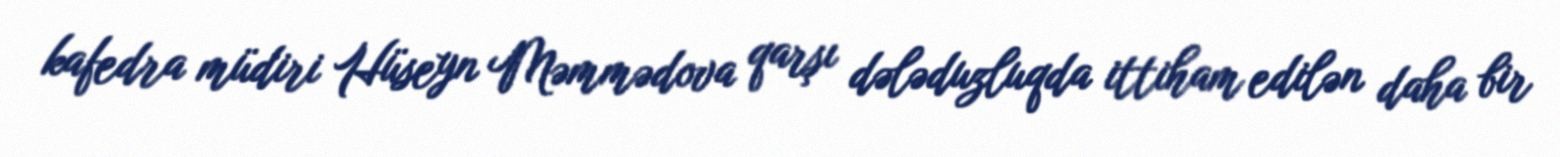
kafedra müdiri Hüseyn Məmmədova qarşı dələduzluqda ittiham edilən daha bir